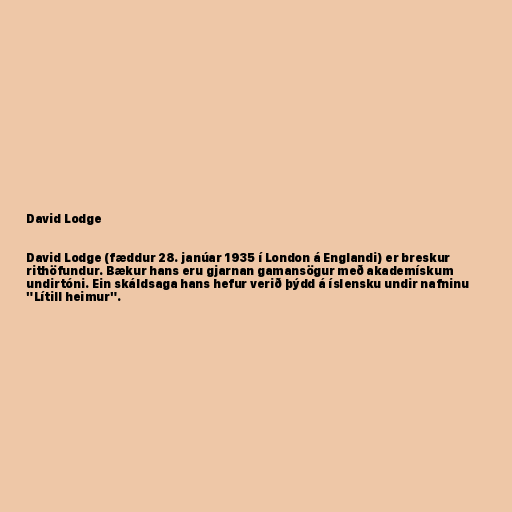
David Lodge

David Lodge (fæddur 28. janúar 1935 í London á Englandi) er breskur
rithöfundur. Bækur hans eru gjarnan gamansögur með akademískum
undirtóni. Ein skáldsaga hans hefur verið þýdd á íslensku undir nafninu
"Lítill heimur".